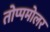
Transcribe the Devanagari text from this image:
तोप्पमोलर